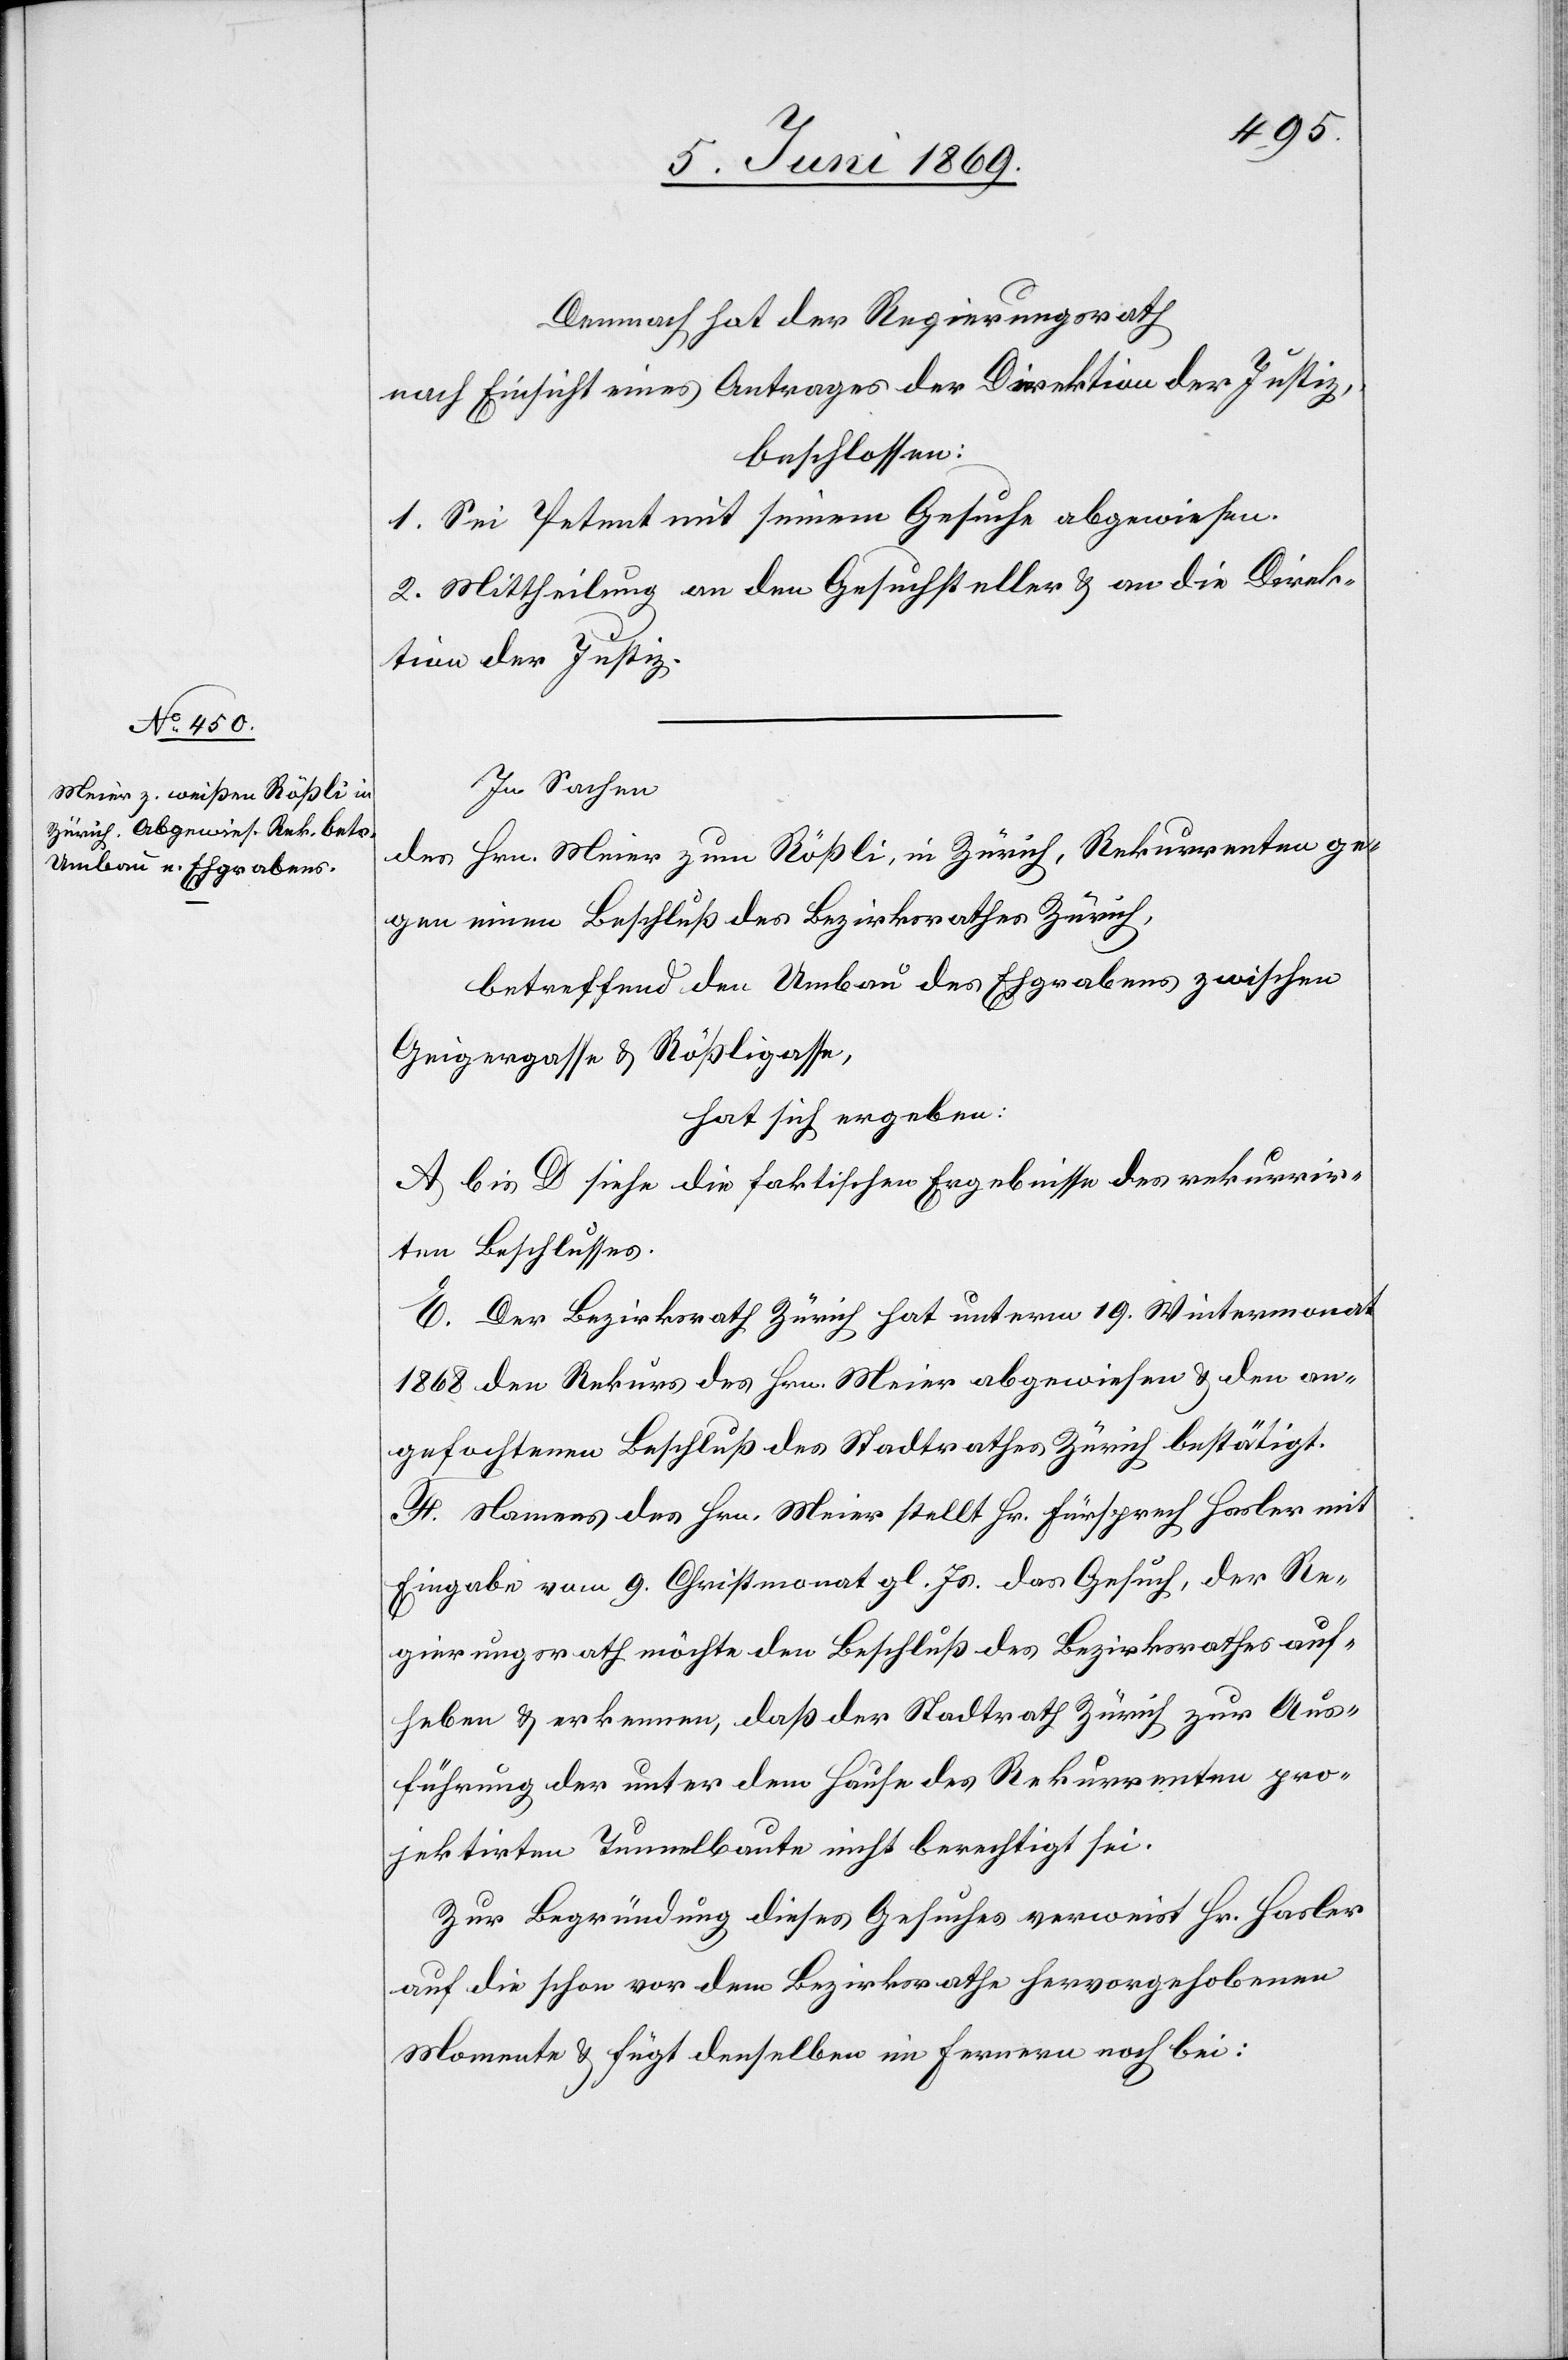
Demnach hat der Regierungsrath
nach Einsicht eines Antrages der Direktion der Justiz,
beschlossen:
1. Sei Petent mit seinem Gesuche abgewiesen.
2. Mittheilung an den Gesuchsteller u. an die Direk¬
tion der Justiz.
In Sachen
des Hrn. Meier zum Rößli, in Zürich, Rekurrenten ge¬
gen einen Beschluß des Bezirksrathes Zürich,
betreffend den Umbau des Ehgrabens zwischen
Geigengasse u. Rößligasse,
hat sich ergeben:
A bis D siehe die faktischen Ergebnisse des rekurrir¬
ten Beschlusses.
E. Der Bezirksrath Zürich hat unterm 19. Wintermonat
1868 den Rekurs des Hrn. Meier abgewiesen u. den an¬
gefochtenen Beschluß des Stadtrathes Zürich bestätigt.
F. Namens des Hrn. Meier stellt Hr. Fürsprech Hasler mit
Eingabe vom 9. Christmonat gl. Js. das Gesuch, der Re¬
gierungsrath möchte den Beschluß des Bezirksrathes auf¬
heben u. erkennen, daß der Stadtrath Zürich zur Aus¬
führung der unter dem Hause des Rekurrenten pro¬
jektirten Tunnelbaute nicht berechtigt sei.
Zur Begründung dieses Gesuches verweist Hr. Hasler
auf die schon vor dem Bezirksrathe hervorgebrachten
Momente u. fügt denselben im Fernern noch bei: